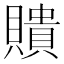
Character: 𧸃